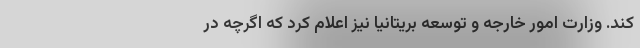
كند. وزارت امور خارجه و توسعه‌ بریتانیا نیز اعلام کرد که اگرچه در